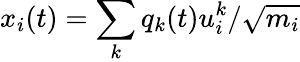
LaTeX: x_{i}(t)=\sum_{k}q_{k}(t)u_{i}^{k}/\sqrt{m_{i}}